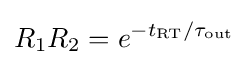
R_{1}R_{2}=e^{-t_{\rm {RT}}/\tau _{\rm {out}}}